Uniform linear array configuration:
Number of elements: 64
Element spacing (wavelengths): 0.5
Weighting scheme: blackman
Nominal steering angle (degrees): -60
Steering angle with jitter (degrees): -58.008
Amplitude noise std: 0.05
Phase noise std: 0.05

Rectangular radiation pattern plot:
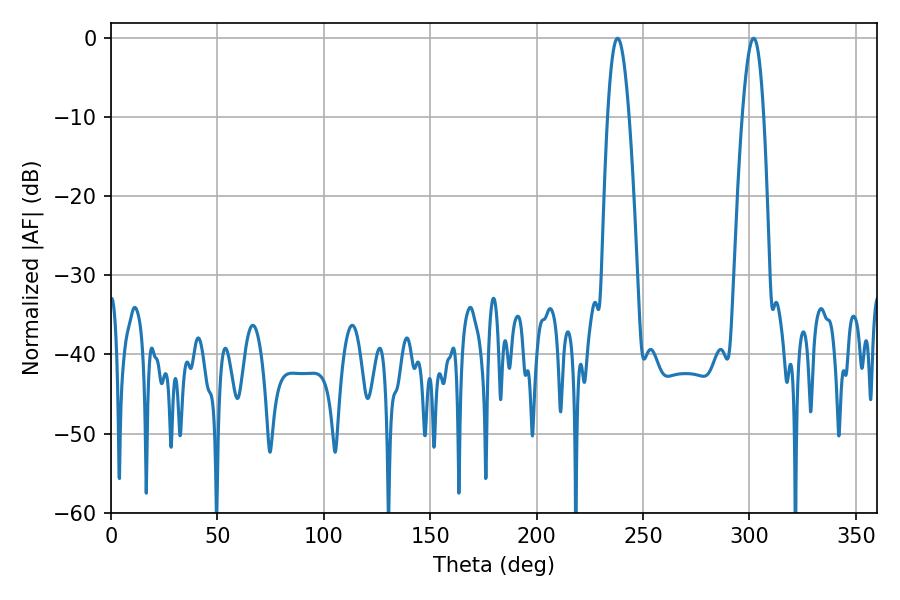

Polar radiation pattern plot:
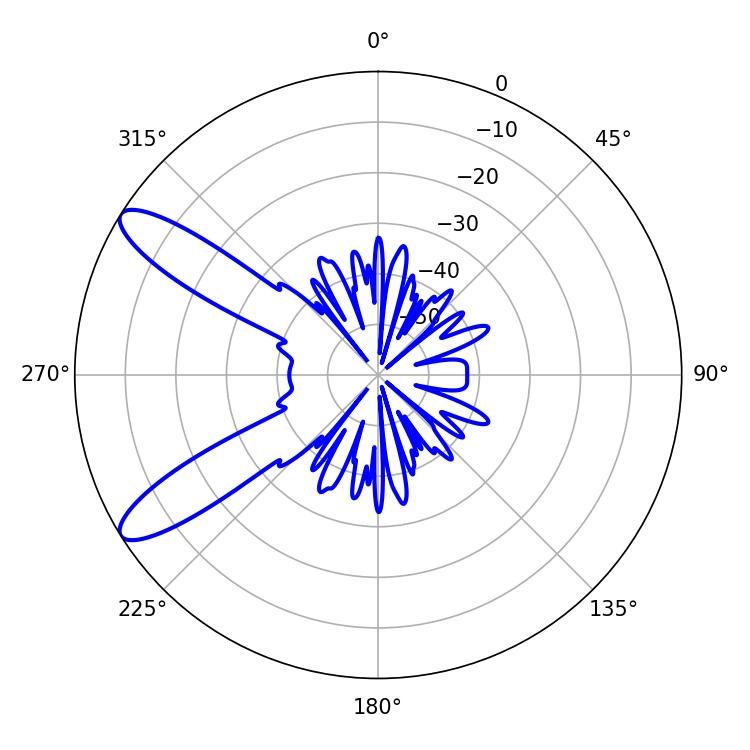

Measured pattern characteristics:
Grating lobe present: FALSE
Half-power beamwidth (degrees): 5.4
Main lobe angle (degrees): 237.96